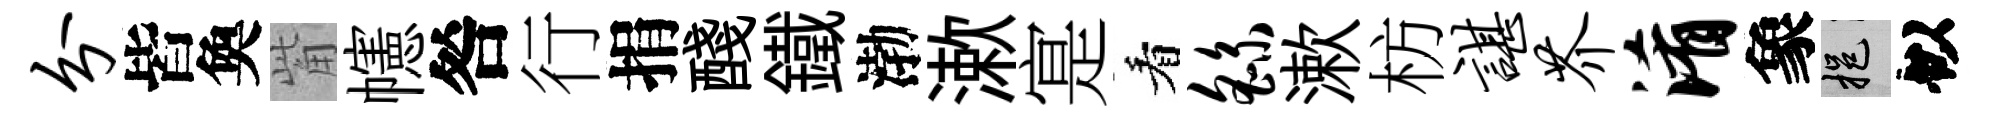
分皆奐觜幰咎行捐醆鐵渤漱寔看繇漱枋谌芥淆象挹似